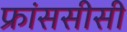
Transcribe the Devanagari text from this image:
फ्रांससीसी